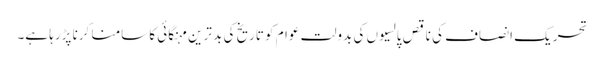
تحریک انصاف کی ناقص پالسیوں کی بدولت عوام کو تاریخ کی بد ترین مہنگائی کا سامنا کرنا پڑرہا ہے۔